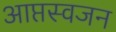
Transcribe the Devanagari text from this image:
आप्तस्वजन